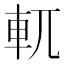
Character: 軏